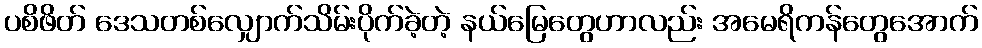
ပစိဖိတ် ဒေသတစ်လျှောက်သိမ်းပိုက်ခဲ့တဲ့ နယ်မြေတွေဟာလည်း အမေရိကန်တွေအောက်